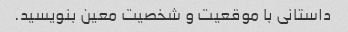
داستانی با موقعیت و شخصیت معین بنویسید.